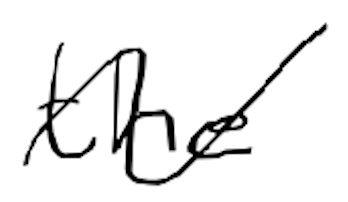
Text: the
Cross-out: wave
Writing tool: digital_black